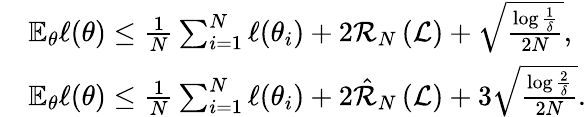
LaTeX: \begin{array}{rl}&{\mathbb{E}_{\theta}\ell(\theta)\leq\frac{1}{N}\sum_{i=1}^{N}\ell(\theta_{i})+2\mathcal{R}_{N}\left(\mathcal{L}\right)+\sqrt{\frac{\log\frac{1}{\delta}}{2N}},}\\ &{\mathbb{E}_{\theta}\ell(\theta)\leq\frac{1}{N}\sum_{i=1}^{N}\ell(\theta_{i})+2\hat{\mathcal{R}}_{N}\left(\mathcal{L}\right)+3\sqrt{\frac{\log\frac{2}{\delta}}{2N}}.}\end{array}